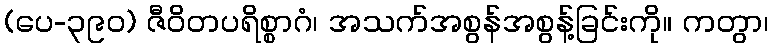
(ပေ-၃၉၀) ဇီဝိတပရိစ္စာဂံ၊ အသက်အစွန်အစွန့်ခြင်းကို။ ကတွာ၊